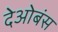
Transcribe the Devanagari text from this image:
देओबंस